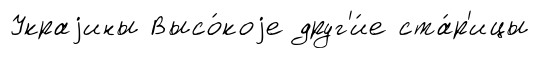
Украjины Высо́коjе друг'и́е ста́р'ицы